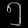
Digit: ၅